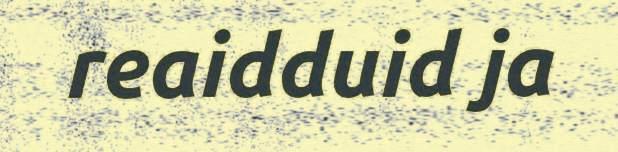
reaidduid ja